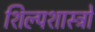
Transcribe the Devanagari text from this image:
शिल्पशास्त्रो